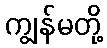
ကျွန်မတို့